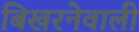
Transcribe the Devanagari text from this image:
बिखरनेवाली